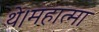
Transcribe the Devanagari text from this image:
थे।महात्मा